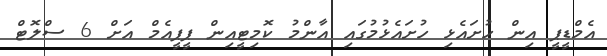
އެމްޑީޕީ އިން ހުށައެޅި ހުށައެޅުމުގައި އާންމު ކޮމިޓީއިން ޕީޕީއެމް އަށް 6 ސްލޮޓް